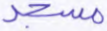
مسجد